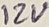
Text: 12V